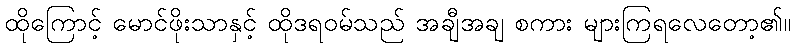
ထိုကြောင့် မောင်ဖိုးသာနှင့် ထိုဒရဝမ်သည် အချီအချ စကား များကြရလေတော့၏။